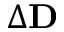
\Delta \mathbf { D }